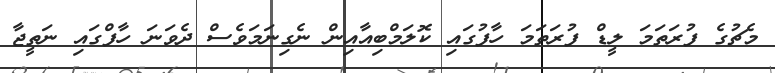
މެޗުގެ ފުރަތަމަ ލީޑް ފުރަތަމަ ހާފުގައި ކޮލަމްބިއާއިން ނެގިނަމަވެސް ދެވަނަ ހާފްގައި ނަތީޖާ